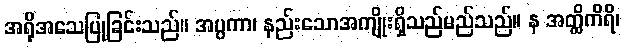
အရိုအသေပြုခြင်းသည်။ အပ္ပကာ၊ နည်းသောအကျိုးရှိသည်မည်သည်။ န အတ္ထိကိရိ၊